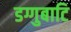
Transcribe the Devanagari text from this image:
डग्गुबाटि